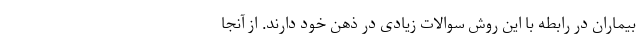
بیماران در رابطه با این روش سوالات زیادی در ذهن خود دارند. از آنجا